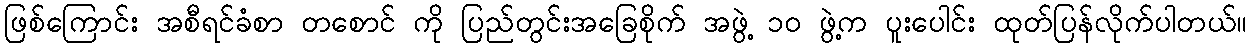
ဖြစ်ကြောင်း အစီရင်ခံစာ တစောင် ကို ပြည်တွင်းအခြေစိုက် အဖွဲ့ ၁ဝ ဖွဲ့က ပူးပေါင်း ထုတ်ပြန်လိုက်ပါတယ်။